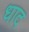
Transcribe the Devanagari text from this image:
धाद